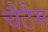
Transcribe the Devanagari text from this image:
चैटैम